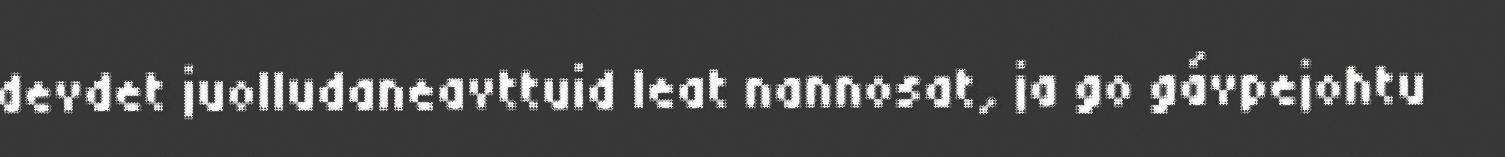
devdet juolludaneavttuid leat nannosat, ja go gávpejohtu